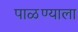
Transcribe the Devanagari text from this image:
पाळण्याला